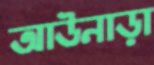
আউনাড়া